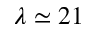
\lambda \simeq 2 1